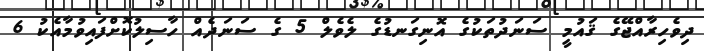
ދިވެހިރާއްޖޭގެ ޤައުމީ ސަނަދުތަކުގެ އޮނިގަނޑުގެ ލެވެލް 5 ގެ ސަނަދެއް ހާސިލުކޮށްފައިވުމާއެކު 6